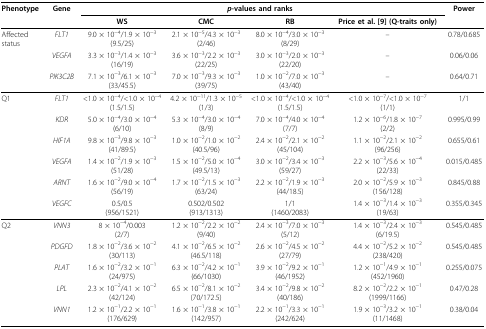
<table><thead><tr><td><b>Phenotype</b></td><td><b>Gene</b></td><td colspan="4"><b><i>p</i>-values and ranks</b></td><td><b>Power</b></td></tr><tr><td></td><td></td><td><b>WS</b></td><td><b>CMC</b></td><td><b>RB</b></td><td><b>Price et al. [9] (Q-traits only)</b></td><td></td></tr></thead><tbody><tr><td>Affected status</td><td><i>FLT1</i></td><td>9.0 × 10<sup>−4</sup>/1.9 × 10<sup>−3</sup>(9.5/25)</td><td>2.1 × 10<sup>−5</sup>/4.3 × 10<sup>−3</sup>(2/46)</td><td>8.0 × 10<sup>−4</sup>/3.0 × 10<sup>−3</sup>(8/29)</td><td>–</td><td>0.78/0.685</td></tr><tr><td></td><td><i>VEGFA</i></td><td>3.3 × 10<sup>−3</sup>/1.4 × 10<sup>−3</sup>(16/19)</td><td>3.6 × 10<sup>−3</sup>/2.2 × 10<sup>−3</sup>(22/25)</td><td>3.0 × 10<sup>−3</sup>/2.0 × 10<sup>−3</sup>(22/20)</td><td>–</td><td>0.06/0.06</td></tr><tr><td></td><td><i>PIK3C2B</i></td><td>7.1 × 10<sup>−3</sup>/6.1 × 10<sup>−3</sup>(33/45.5)</td><td>7.0 × 10<sup>−3</sup>/9.3 × 10<sup>−3</sup>(39/75)</td><td>1.0 × 10<sup>−2</sup>/7.0 × 10<sup>−3</sup>(43/40)</td><td>–</td><td>0.64/0.71</td></tr><tr><td>Q1</td><td><i>FLT1</i></td><td>&lt;1.0 × 10<sup>−4</sup>/&lt;1.0 × 10<sup>−4</sup>(1.5/1.5)</td><td>4.2 × 10<sup>−11</sup>/1.3 × 10<sup>−5</sup>(1/3)</td><td>&lt;1.0 × 10<sup>−4</sup>/&lt;1.0 × 10<sup>−4</sup>(1.5/1.5)</td><td>&lt;1.0 × 10<sup>−7</sup>/&lt;1.0 × 10<sup>−7</sup>(1/1)</td><td>1/1</td></tr><tr><td></td><td><i>KDR</i></td><td>5.0 × 10<sup>−4</sup>/3.0 × 10<sup>−4</sup>(6/10)</td><td>5.3 × 10<sup>−4</sup>/3.0 × 10<sup>−4</sup>(8/9)</td><td>7.0 × 10<sup>−4</sup>/4.0 × 10<sup>−4</sup>(7/7)</td><td>1.2 × 10<sup>−6</sup>/1.8 × 10<sup>−7</sup>(2/2)</td><td>0.995/0.99</td></tr><tr><td></td><td><i>HIF1A</i></td><td>9.8 × 10<sup>−3</sup>/9.8 × 10<sup>−3</sup>(41/89.5)</td><td>1.0 × 10<sup>−2</sup>/1.0 × 10<sup>−2</sup>(40.5/96)</td><td>2.4 × 10<sup>−2</sup>/2.1 × 10<sup>−2</sup>(45/104)</td><td>1.1 × 10<sup>−2</sup>/2.1 × 10<sup>−2</sup>(96/256)</td><td>0.655/0.61</td></tr><tr><td></td><td><i>VEGFA</i></td><td>1.4 × 10<sup>−2</sup>/1.9 × 10<sup>−3</sup>(51/28)</td><td>1.5 × 10<sup>−2</sup>/5.0 × 10<sup>−4</sup>(49.5/13)</td><td>3.0 × 10<sup>−2</sup>/3.4 × 10<sup>−3</sup>(59/27)</td><td>2.2 × 10<sup>−3</sup>/5.6 × 10<sup>−4</sup>(22/33)</td><td>0.015/0.485</td></tr><tr><td></td><td><i>ARNT</i></td><td>1.6 × 10<sup>−2</sup>/9.0 × 10<sup>−4</sup>(56/19)</td><td>1.7 × 10<sup>−2</sup>/1.5 × 10<sup>−3</sup>(63/24)</td><td>2.2 × 10<sup>−2</sup>/1.9 × 10<sup>−3</sup>(44/18.5)</td><td>2.0 × 10<sup>−2</sup>/5.9 × 10<sup>−3</sup>(156/128)</td><td>0.845/0.88</td></tr><tr><td></td><td><i>VEGFC</i></td><td>0.5/0.5(956/1521)</td><td>0.502/0.502(913/1313)</td><td>1/1(1460/2083)</td><td>1.4 × 10<sup>−3</sup>/1.4 × 10<sup>−3</sup>(19/63)</td><td>0.355/0.345</td></tr><tr><td>Q2</td><td><i>VNN3</i></td><td>8 × 10<sup>−4</sup>/0.003(2/7)</td><td>1.2 × 10<sup>−2</sup>/2.2 × 10<sup>−2</sup>(9/40)</td><td>2.4 × 10<sup>−3</sup>/7.0 × 10<sup>−3</sup>(5/12)</td><td>1.4 × 10<sup>−3</sup>/2.4 × 10<sup>−3</sup>(6/19.5)</td><td>0.545/0.485</td></tr><tr><td></td><td><i>PDGFD</i></td><td>1.8 × 10<sup>−2</sup>/3.6 × 10<sup>−2</sup>(30/113)</td><td>4.1 × 10<sup>−2</sup>/6.5 × 10<sup>−2</sup>(46.5/118)</td><td>2.6 × 10<sup>−2</sup>/4.5 × 10<sup>−2</sup>(27/79)</td><td>4.4 × 10<sup>−2</sup>/5.2 × 10<sup>−2</sup>(238/420)</td><td>0.545/0.485</td></tr><tr><td></td><td><i>PLAT</i></td><td>1.6 × 10<sup>−2</sup>/3.2 × 10<sup>−1</sup>(24/975)</td><td>6.3 × 10<sup>−2</sup>/4.2 × 10<sup>−1</sup>(66/1030)</td><td>3.9 × 10<sup>−2</sup>/9.2 × 10<sup>−1</sup>(46/1952)</td><td>1.2 × 10<sup>−1</sup>/4.9 × 10<sup>−1</sup>(452/1960)</td><td>0.255/0.075</td></tr><tr><td></td><td><i>LPL</i></td><td>2.3 × 10<sup>−2</sup>/4.1 × 10<sup>−2</sup>(42/124)</td><td>6.5 × 10<sup>−2</sup>/8.1 × 10<sup>−2</sup>(70/172.5)</td><td>3.4 × 10<sup>−2</sup>/9.8 × 10<sup>−2</sup>(40/186)</td><td>8.2 × 10<sup>−2</sup>/2.2 × 10<sup>−1</sup>(1999/1166)</td><td>0.47/0.28</td></tr><tr><td></td><td><i>VNN1</i></td><td>1.2 × 10<sup>−1</sup>/2.2 × 10<sup>−1</sup>(176/629)</td><td>1.6 × 10<sup>−1</sup>/3.8 × 10<sup>−1</sup>(142/957)</td><td>2.2 × 10<sup>−1</sup>/3.3 × 10<sup>−1</sup>(242/624)</td><td>1.9 × 10<sup>−3</sup>/3.2 × 10<sup>−1</sup>(11/1468)</td><td>0.38/0.04</td></tr></tbody></table>